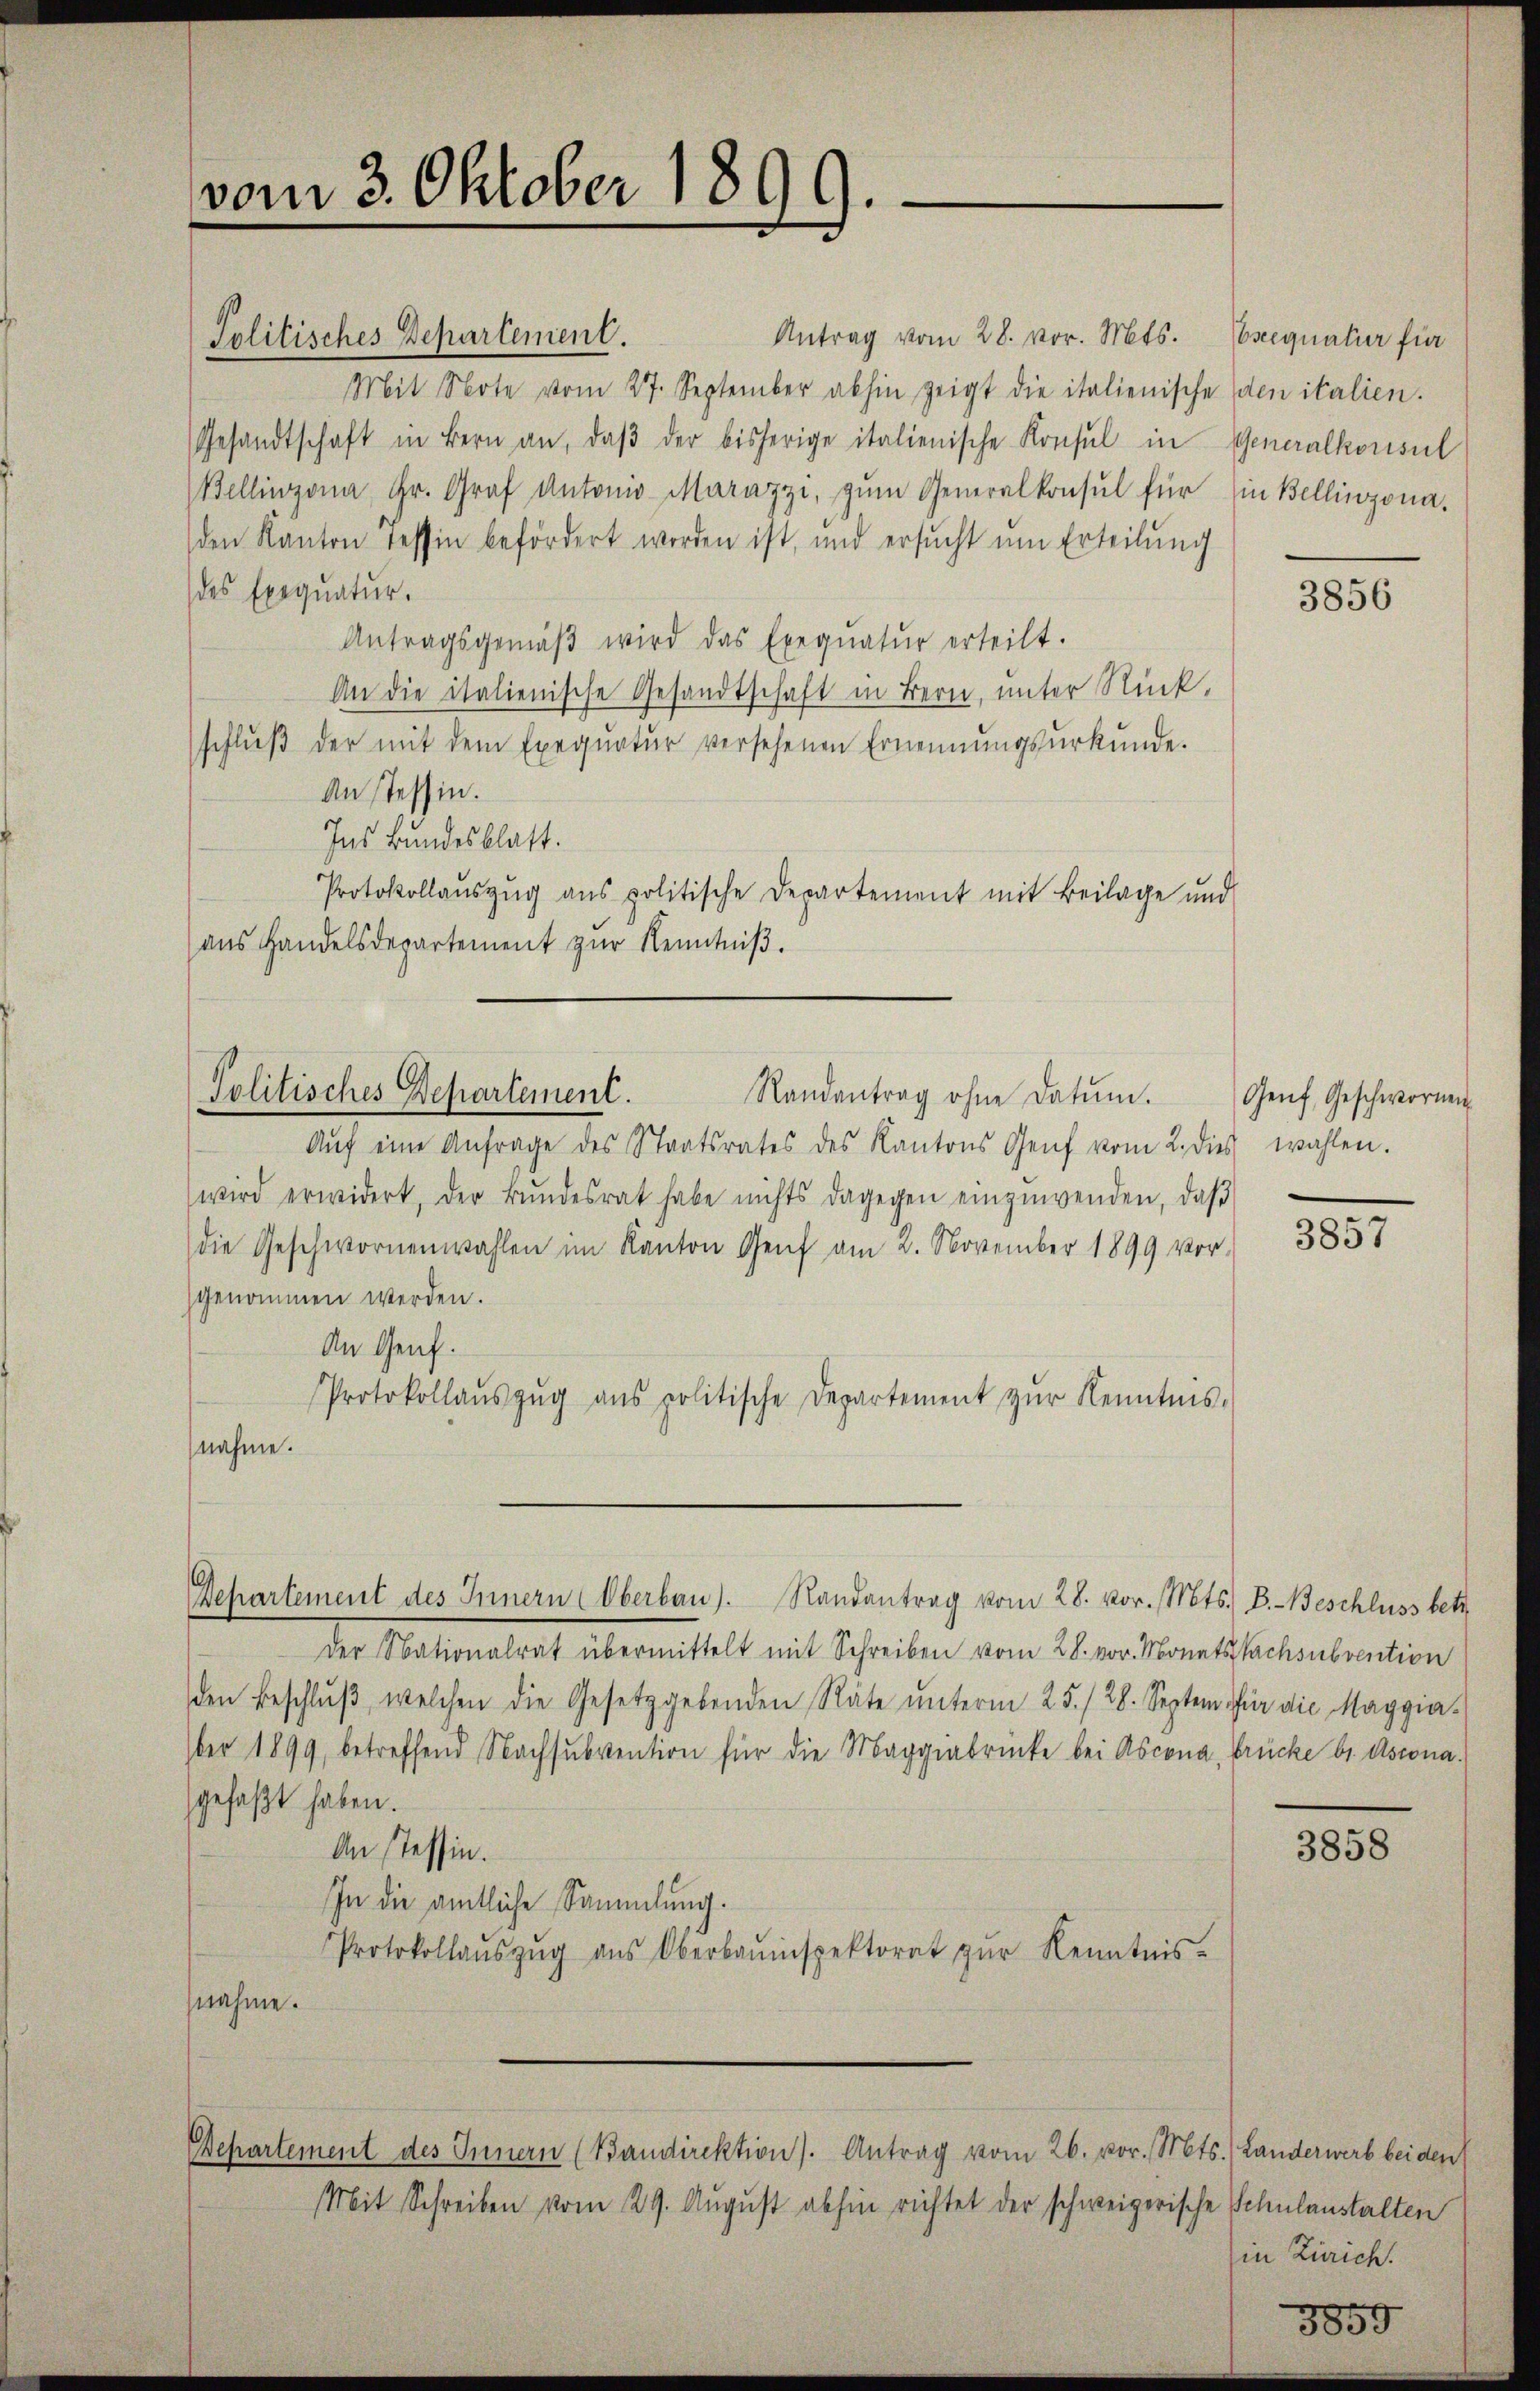
vom 3. Oktober 1899.

Antrag vom 28. vor. Mts.
Politisches Departement.
Mit Note vom 27. September abhin zeigt die italienische
Gesandtschaft in Bern an, daβ der bisherige italienische Konsul in Generalkonsul
Bellinzona Hr. Graf Antonio Marazzi, zŭm Generalkonsul für in Bellinzona.
den Kanton Tessin befördert worden ist, und ersŭcht ŭm Erteilŭng
des Exequatur.
Antragsgemäβ wird das Exeqŭatŭr erteilt.
An die italienische Gesandtschaft in Bern, ŭnter Rück-
schlŭβ der mit dem Exeqŭatŭr versehenen Ernennungsurkunde.
An Tessin.
Ins Bundesblatt.
Protokollaŭszŭg ans politische Departement mit Beilage und
aus Handelsdepartement zur Kenntniß.

Aŭf eine Anfrage des Staatsrates des Kantons Genf vom 2. dies wahlen.
wird erwidert, der Bŭndesrat habe nichts dagegen einzuwenden, daβ
die Geschwornenwahlen im Kanton Genf am 2. November 1899 vor-
genommen werden.
An Genf.
Protokollaŭszŭg ans politische Departement zŭr Kenntnis.
nahme.

Politisches Departement.
Randantrag ohne Datum.

Departement des Innern Oberbau). Randantrag vom 28. vor. Mts. B.-Beschluss betr.

der Nationalent übermittelt mit Schreiben vom 26. vor. Monatsachenbrention
den Beschlŭβ, welchen die Gesetzgebenden Räte ŭnterm 25. / 28. Septem für die Maggia-
ber 1899, betreffend Nachsubvention für die Maggiabrücke bei Ascona, Brücke br. Ascona.
gefaßt haben.
An stessen.
In die amtliche Sammlung.
Protokollaŭszŭg ans Oberbauinspektorat zŭr Kenntnis-
nahme.

Departement des Innern (Bandirektion). Antrag vom 26. vor. Mts. Landerwerb bei den
Mit Schreiben vom 29. August abhin richtet der schweizerische Schulanstalten

Exequatur für
den italien.

3856

Genf, Geschwornen

3857

3858

in Zürich.

3859